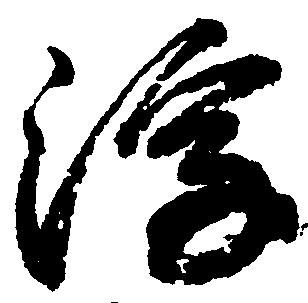
浮